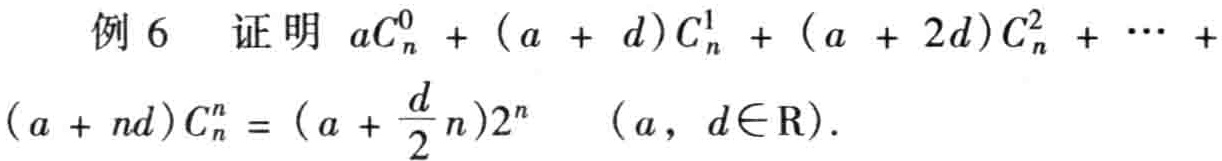
例 6 证明 \(aC_{n}^{0}+(a + d)C_{n}^{1}+(a + 2d)C_{n}^{2}+\cdots+(a + nd)C_{n}^{n}=(a+\frac{d}{2}n)2^{n}\quad(a,d\in\mathrm{R})\).